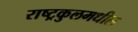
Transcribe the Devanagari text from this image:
राष्ट्रकुलमधील